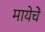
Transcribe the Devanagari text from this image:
मायेचें